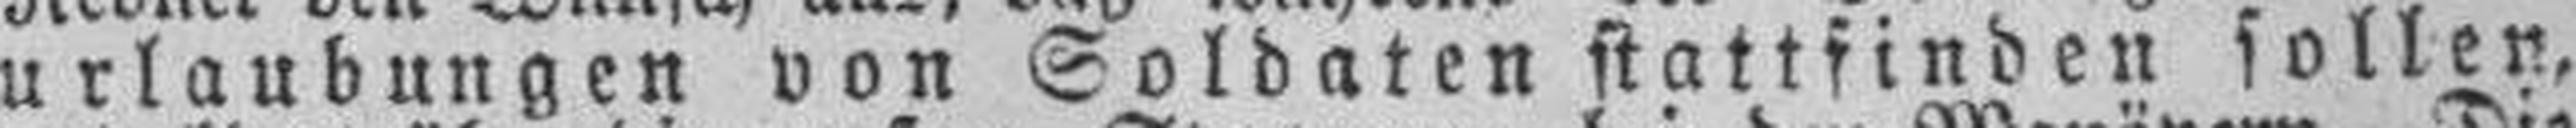
urlaubungen von Soldaten stattfinden sollen,